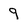
Character: 9